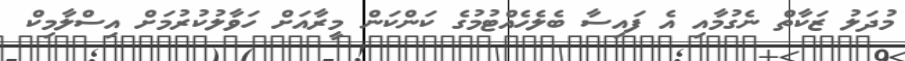
މުދަލު ޒަކާތް ނެގުމާއި އެ ފައިސާ ބެލެހެއްޓުމުގެ ކަންކަން މީރާއަށް ހަވާލުކުރުމަށް އިސްލާމިކް